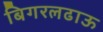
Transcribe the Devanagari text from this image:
बिगरलढाऊ